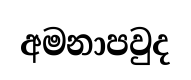
අමනාපවුද